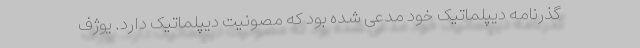
گذرنامه دیپلماتیک خود مدعی شده بود که مصونیت دیپلماتیک دارد. یوژف